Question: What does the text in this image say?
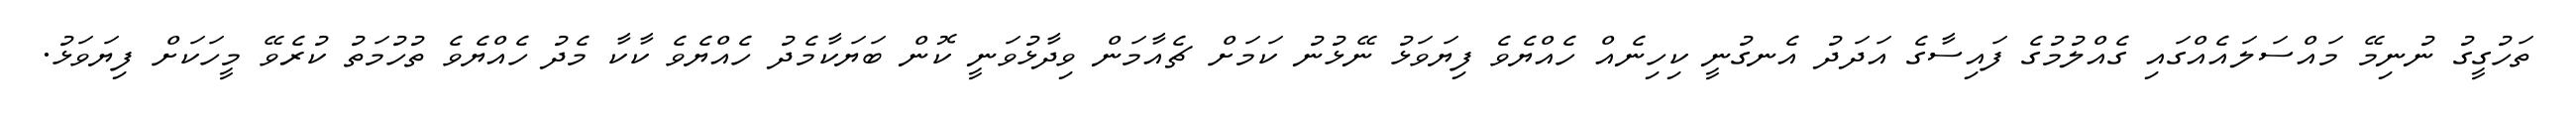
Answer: ތަހުގީގު ނުނިމޭ މައްސަލައެއްގައި ގެއްލުމުގެ ފައިސާގެ އަދަދު އެނގުނީ ކިހިނެއް ހެއްޔެވެ ފިޔަވަޅު ނޭޅުނު ކަމަށް ޗެއާމަން ވިދާޅުވަނީ ކޮން ބަޔަކާމެދު ހެއްޔެވެ ކާކާ މެދު ހެއްޔެވެ ތުހުމަތު ކުރެވޭ މީހަކަށް ފިޔަވަޅު.